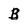
Character: B